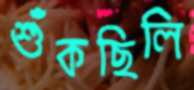
শুঁকছিলি